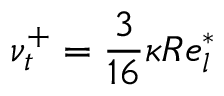
\nu _ { t } ^ { + } = \frac { 3 } { 1 6 } \kappa R e _ { l } ^ { * }